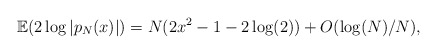
\begin{align*}\mathbb{E}(2\log|p_{N}(x)|) = N(2x^{2}-1-2\log(2)) + O(\log(N)/N),\end{align*}